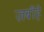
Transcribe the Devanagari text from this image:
ज़बीहे